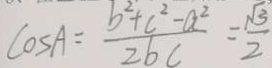
\cos A = \frac { b ^ { 2 } + c ^ { 2 } - a ^ { 2 } } { 2 b c } = \frac { \sqrt { 3 } } { 2 }